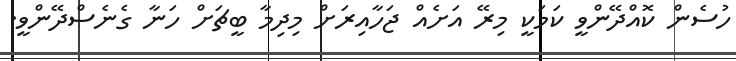
ހުސެން ކޮއްދޭންވީ ކަމަކީ މިރޭ އަށެއް ޖަހާއިރަށް މިދިމާ ބީޗަށް ހަނާ ގެނެސްދޭންވީ.